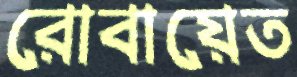
রোবায়েত